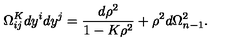
\Omega _ { i j } ^ { K } d y ^ { i } d y ^ { j } = \frac { d \rho ^ { 2 } } { 1 - K \rho ^ { 2 } } + \rho ^ { 2 } d \Omega _ { n - 1 } ^ { 2 } .